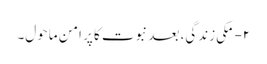
۲- مکی زندگی، بعد نبوت کا پر امن ماحول۔